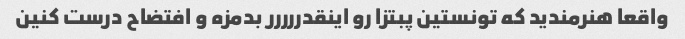
واقعا هنرمندید که تونستین پبتزا رو اینقدررررر بدمزه و افتضاح درست کنین